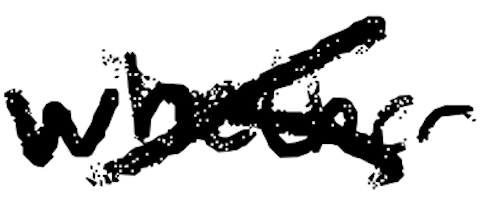
Text: whether
Cross-out: mix
Writing tool: digital_black